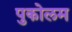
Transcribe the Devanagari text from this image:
पुकोलम